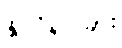
နိုင်ငံရပ်ခြား